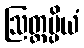
ဩတ္တပ္ပိယံ